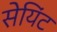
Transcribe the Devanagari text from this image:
सेयिंट